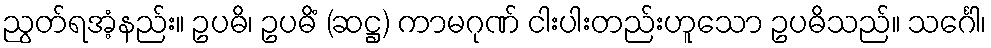
ညွတ်ရအံ့နည်း။ ဥပဓိ၊ ဥပဓိံ (ဆဋ္ဌ) ကာမဂုဏ် ငါးပါးတည်းဟူသော ဥပဓိသည်။ သင်္ဂေါ၊